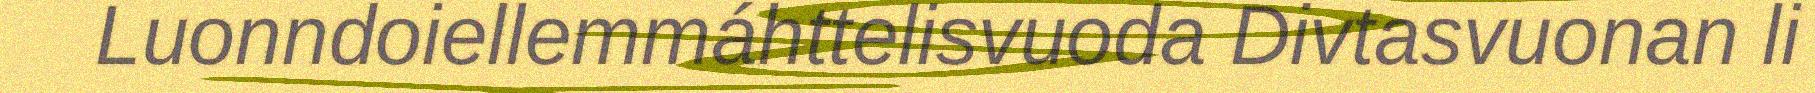
Luonndoiellemmáhttelisvuoda Divtasvuonan li